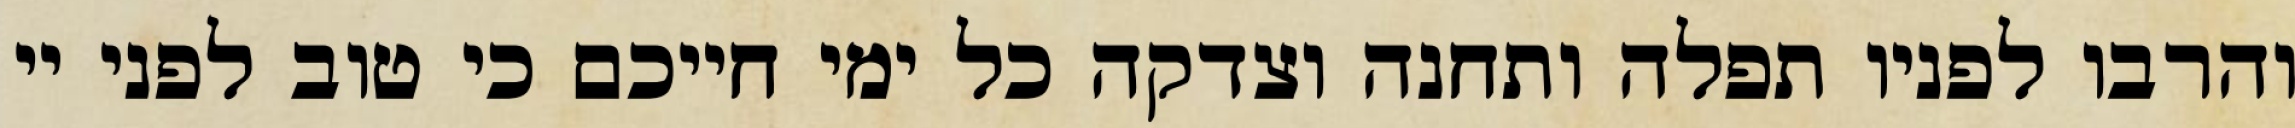
והרבו לפניו תפלה ותחנה וצדקה כל ימי חייכם כי טוב לפני יי